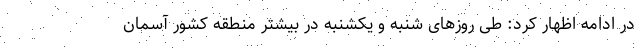
در ادامه اظهار کرد: طی روزهای شنبه و یکشنبه در بیشتر منطقه کشور آسمان